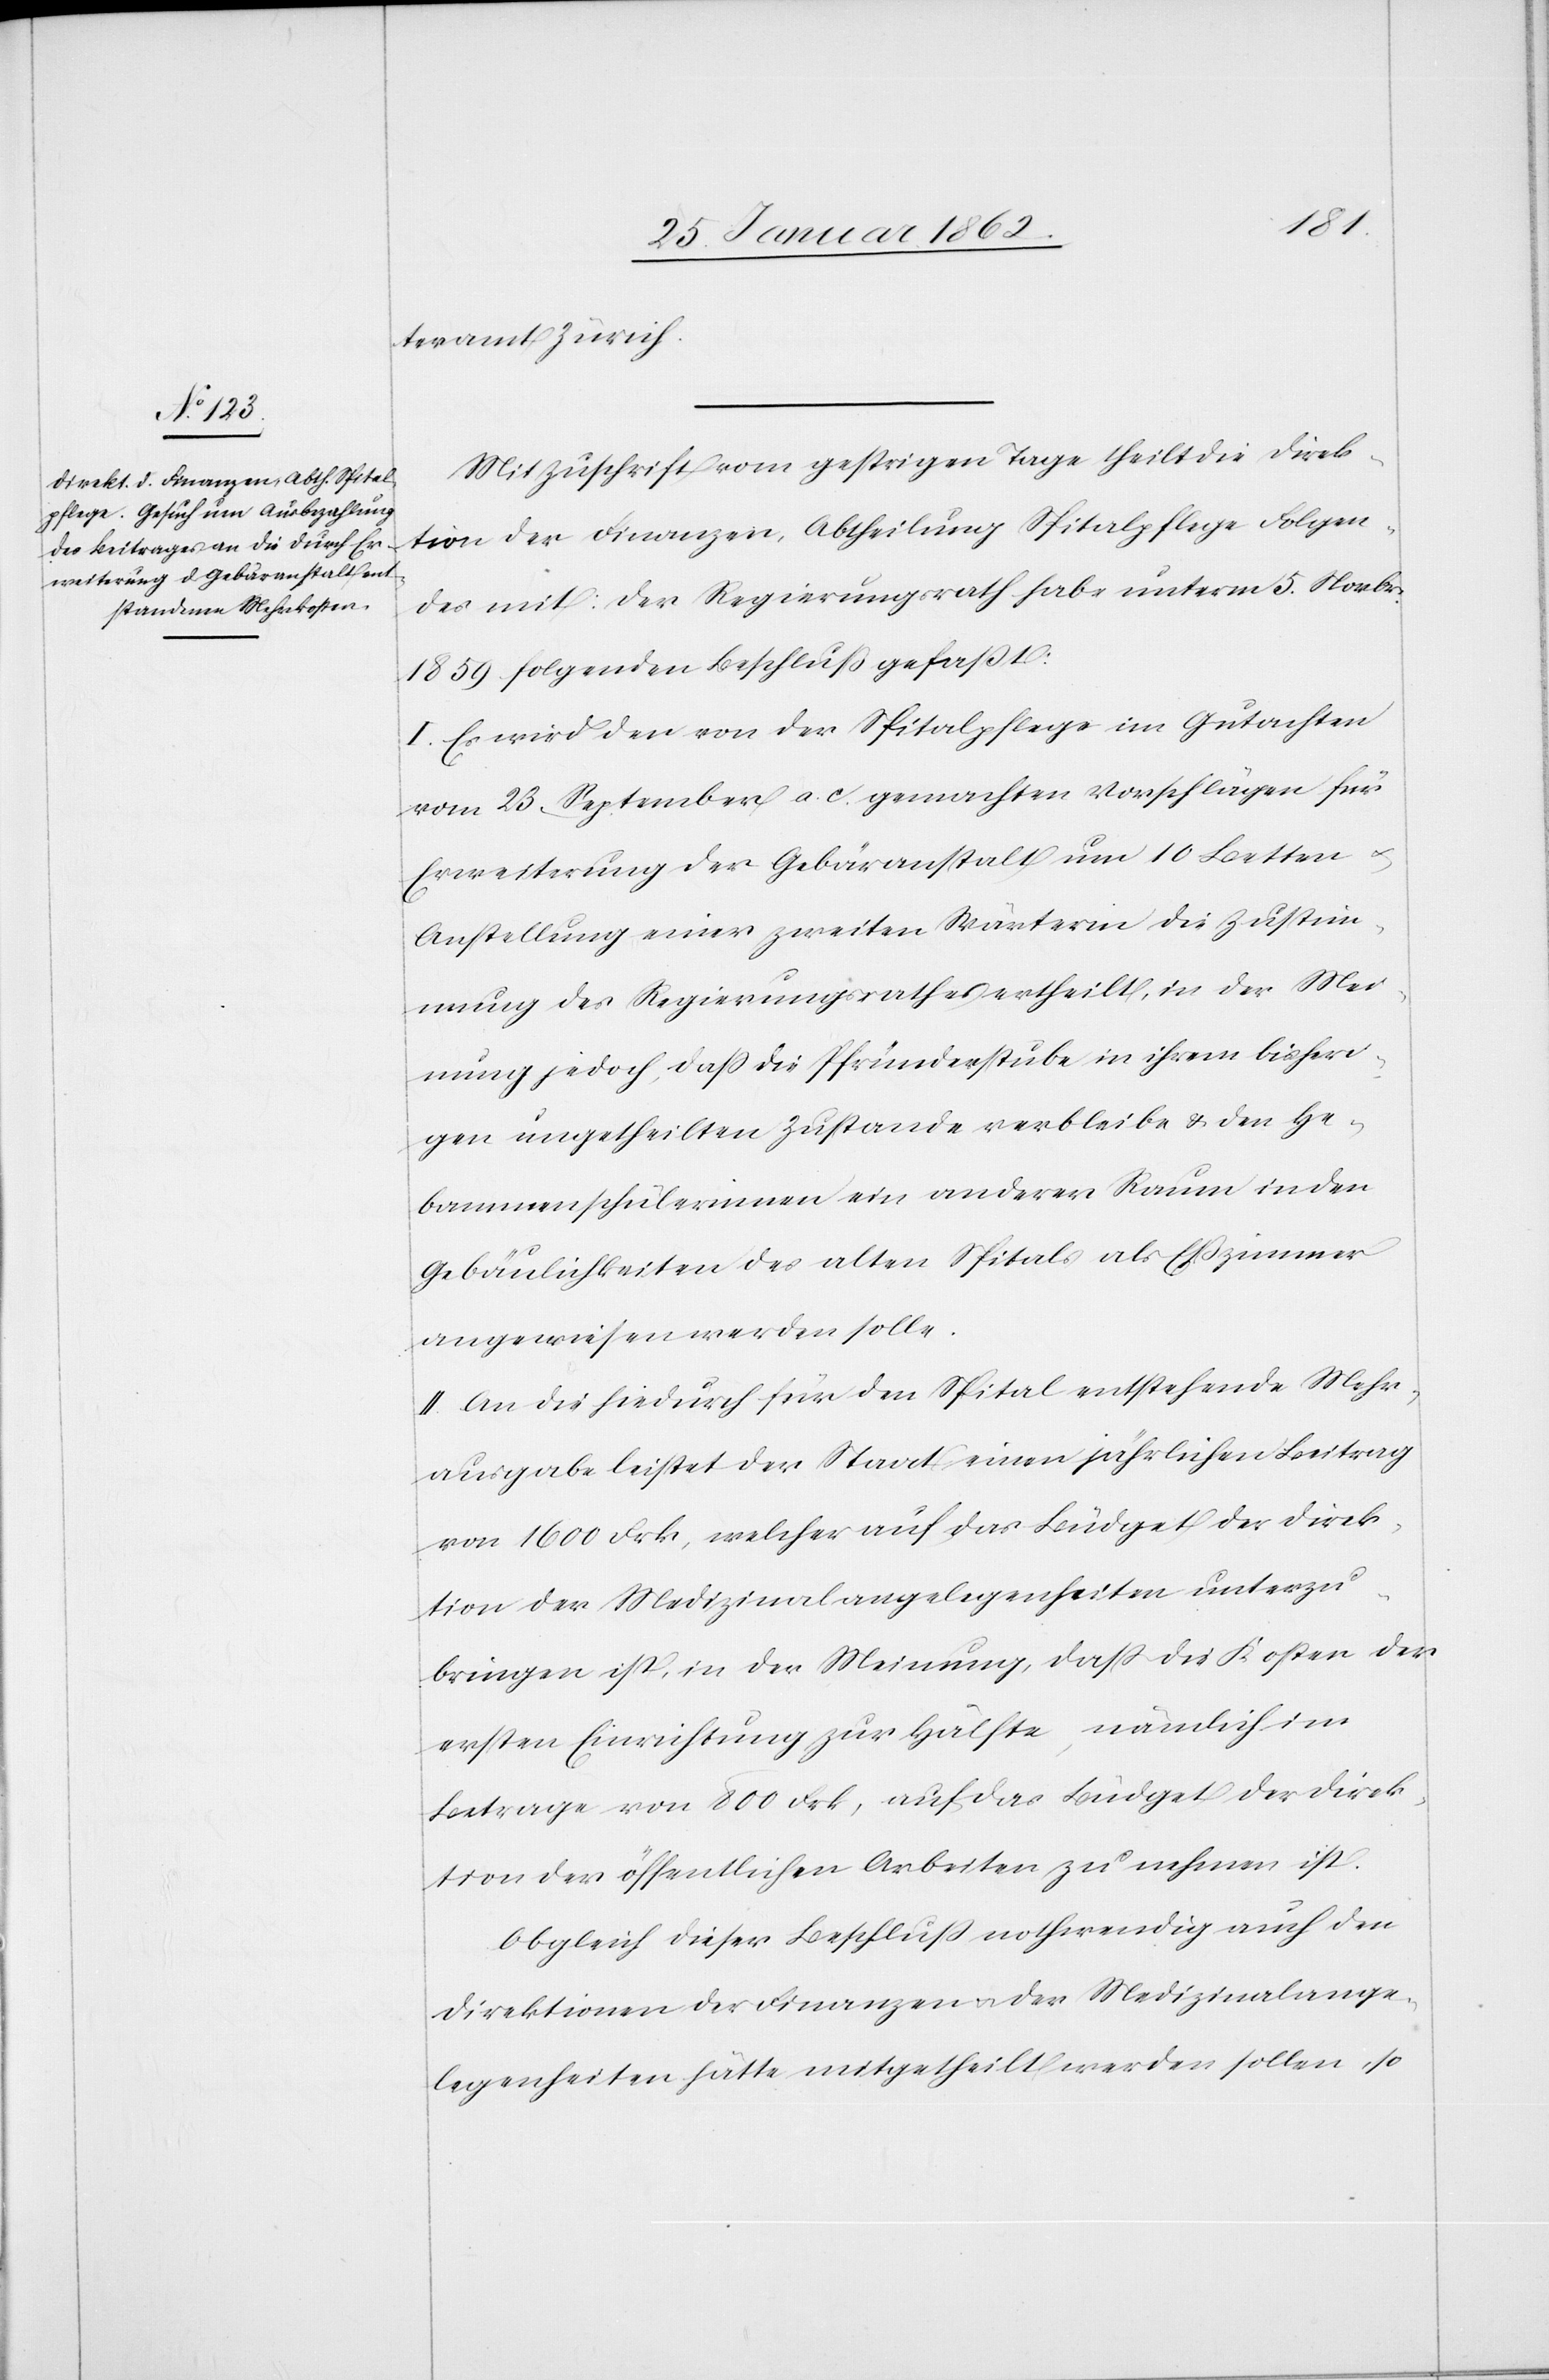
amt Zürich.
Mit Zuschrift vom gestrigen Tage theilt die Direk¬
tion der Finanzen, Abtheilung Spitalpflege Folgen¬
des mit: der Regierungsrath habe unterm 5. Novbr.
1859. folgenden Beschluß gefaßt:
I. Es wird den von der Spitalpflege im Gutachten
vom 23. September a. c. gemachten Vorschlägen für
Erweiterung der Gebäranstalt um 10 Betten u.
Anstellung einer zweiten Wärterin die Zustim¬
mung des Regierungsrathes ertheilt, in der Mei¬
nung jedoch, daß die Pfründerstube in ihrem bisheri¬
gen ungetheilten Zustande verbleibe & den He¬
bammenschülerinnen ein anderer Raum in den
Gebäulichkeiten des alten Spitals als Eßzimmer
angewiesen werden solle.
II. An die hiedurch für den Spital entstehende Mehr¬
ausgabe leistet der Staat einen jährlichen Beitrag
von 1600 Frk, welcher auf das Büdget der Direk¬
tion der Medizinalangelegenheiten unterzu¬
bringen ist, in der Meinung, daß die Kosten der
ersten Einrichtung zur Hälfte, nämlich im
Betrage von 800 Frk, auf das Büdget der Direk¬
tion der öffentlichen Arbeiten zu nehmen ist.
Obgleich dieser Beschluß nothwendig auch den
Direktionen der Finanzen u. der Medizinalange¬
legenheiten hätte mitgetheilt werden sollen, so